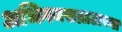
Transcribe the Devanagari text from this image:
अभिनयसम्राटाच्या